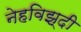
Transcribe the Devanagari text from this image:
नेहविझ्दी